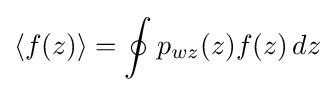
\langle f(z)\rangle =\oint p_{wz}(z)f(z)\,dz